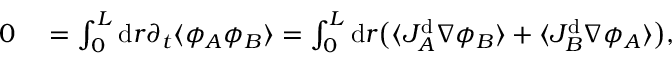
\begin{array} { r l } { 0 } & { { } = \int _ { 0 } ^ { L } \mathrm { d } r \partial _ { t } \langle { \phi _ { A } \phi _ { B } } \rangle = \int _ { 0 } ^ { L } \mathrm { d } r \big ( \langle J _ { A } ^ { \mathrm { d } } \nabla \phi _ { B } \rangle + \langle J _ { B } ^ { \mathrm { d } } \nabla \phi _ { A } \rangle \big ) , } \end{array}